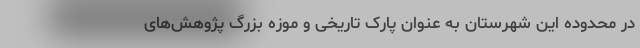
در محدوده این شهرستان به عنوان پارک تاریخی و موزه بزرگ پژوهش‌های